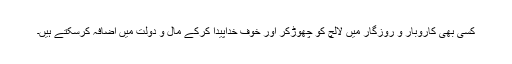
کسی بھی کاروبار و روزگار میں لالچ کو چھوڑکر اور خوفِ خداپیدا کرکے مال و دولت میں اضافہ کرسکتے ہیں۔